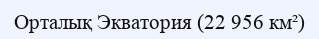
Орталық Экватория (22 956 км²)